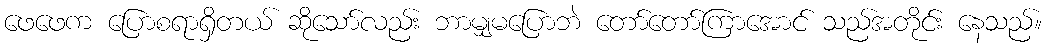
ဖေဖေက ပြောစရာရှိတယ် ဆိုသော်လည်း ဘာမျှမပြောဘဲ တော်တော်ကြာအောင် သည်အတိုင်း နေသည်။